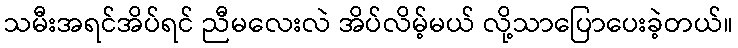
သမီးအရင်အိပ်ရင် ညီမလေးလဲ အိပ်လိမ့်မယ် လို့သာပြောပေးခဲ့တယ်။